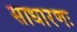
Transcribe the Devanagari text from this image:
साधारणः